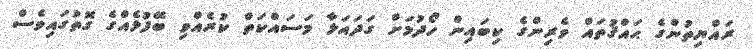
ރައްޔިތުންގެ ޙައްޤުތައް ވެރިންގެ ކިބައިން ހޯދުމަށް ގަދައަޅާ މަސައްކަތް ކުރެއްވި ބޭފުޅެއްގެ ގޮތުގައިވެސް